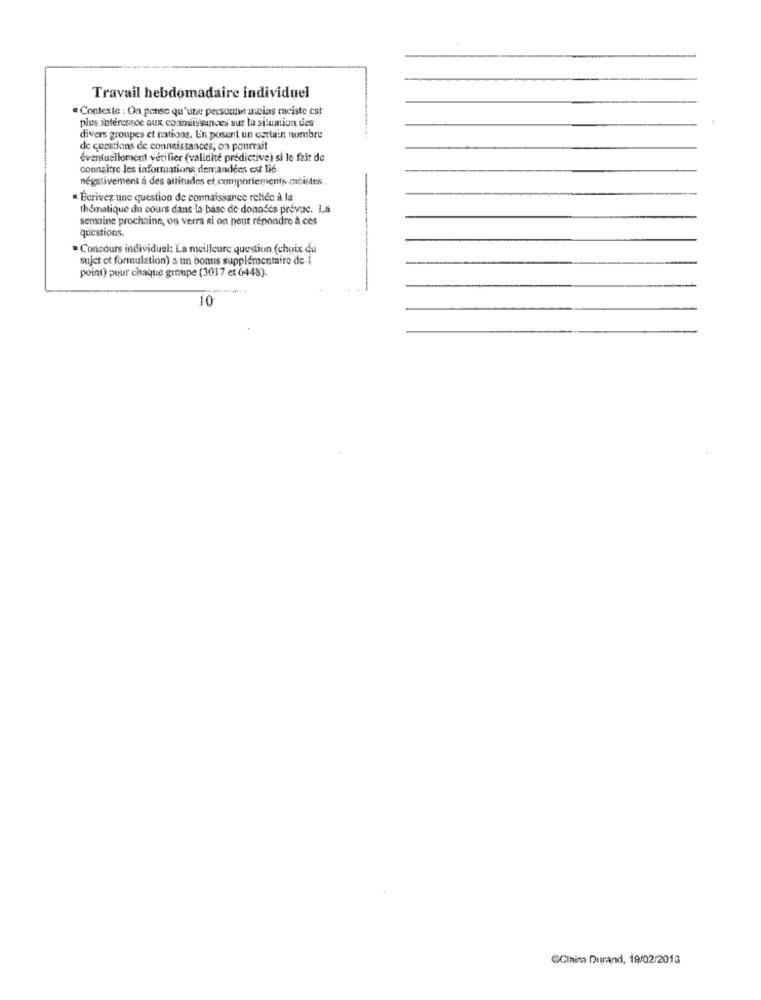
Travail hebdomadaire individuel
Contexte : On pense qu'une persone inicias raciste est
plus soféressde aux co ouissances sur la silumtion des
divers groupes et nations. En posant un certain nombre
de questions de connaissances, on pourrait
éventuellement vérifier (validité prédictive) si le fait de
connaitre les informations demandées est lié
négativement à des attitudes et comportements mcistes.
. Berivez une question de connaissance reliée à la
thématique du cours dans la base de données prévuc. La
semaine prochaine, on verra si on peut répondre à ces
questions.
Concours individuel: La meilleure question (choix du
sujet et formulation) a un bomis supplémentaire de
point) pour chaque groupe (3017 et 6448).
10
@Clains Durand, 19/02/2013